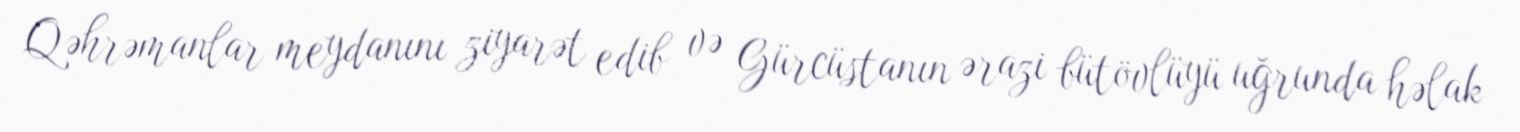
Qəhrəmanlar meydanını ziyarət edib və Gürcüstanın ərazi bütövlüyü uğrunda həlak